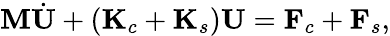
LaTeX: \begin{array}{r}{\mathbf M\dot{\mathbf U}+(\mathbf K_{c}+\mathbf K_{s})\mathbf U=\mathbf F_{c}+\mathbf F_{s},}\end{array}